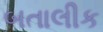
બતાલીક